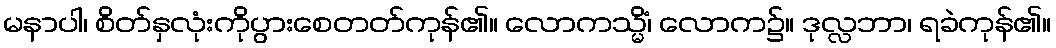
မနာပါ၊ စိတ်နှလုံးကိုပွားစေတတ်ကုန်၏။ လောကသ္မိံ၊ လောက၌။ ဒုလ္လဘာ၊ ရခဲကုန်၏။